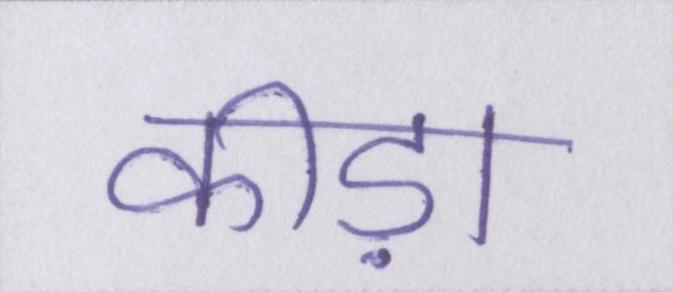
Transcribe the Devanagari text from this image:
कीड़ा